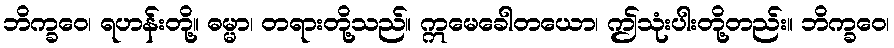
ဘိက္ခဝေ၊ ရဟန်းတို့။ ဓမ္မာ၊ တရားတို့သည်။ ဣမေခေါတယော၊ ဤသုံးပါးတို့တည်း။ ဘိက္ခဝေ၊